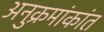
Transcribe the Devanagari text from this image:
अनुक्रमांकांत